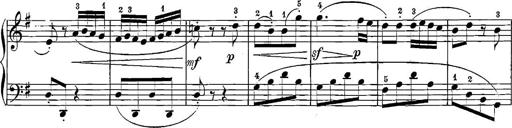
Title: 12 Sonatinas
Composer: Ignaz Pleyel